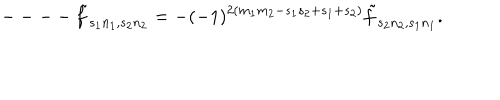
--- - \tilde { f } _ { s _ { 1 } n _ { 1 } , s _ { 2 } n _ { 2 } } = - ( - 1 ) ^ { 2 ( m _ { 1 } m _ { 2 } - s _ { 1 } s _ { 2 } + s _ { 1 } + s _ { 2 } ) } \tilde { f } _ { s _ { 2 } n _ { 2 } , s _ { 1 } n _ { 1 } } .